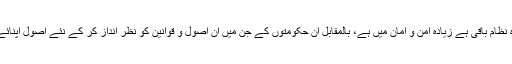
انھی بزرگوں کی محنت اور کاوشوں کا نتیجہ ہے کہ آج تک وہ حکومتیں جہاں ان کا قائم کردہ نظام باقی ہے زیادہ امن و امان میں ہے، بالمقابل ان حکومتوں کے جن میں ان اصول و قوانین کو نظر انداز کر کے نئے اصول اپنائے گئے، اللہ ان کے درجات بلند فرمائے، اور پھر وہ دور لائے جو امن و امان کا دور کہلائے۔